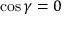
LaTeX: \cos \gamma = 0